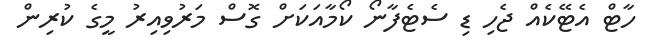
ހާޓް އެޓޭކެއް ޖެހި ޑި ސެޓެފާނޯ ކޯމާއަކަށް ގޮސް މަރުވިއިރު މީގެ ކުރިން